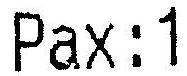
PAX:1